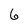
Character: 6